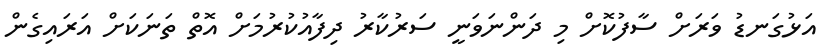
އަޅުގަނޑު ވަރަށް ސާފުކޮށް މި ދަންނަވަނީ ސަރުކާރު ދިފާއުކުރުމަށް އޮތް ތަނަކަށް އަރައިގެން